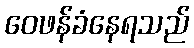
ဝေဖန်ခံနေရသည်